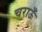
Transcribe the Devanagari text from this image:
चराऊँ